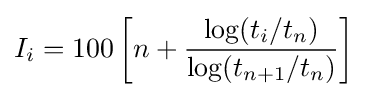
I_{i}=100\left[n+{\frac {\log(t_{i}/t_{n})}{\log(t_{n+1}/t_{n})}}\right]